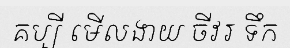
គប្បី មើលងាយ ចីវរ ទឹក